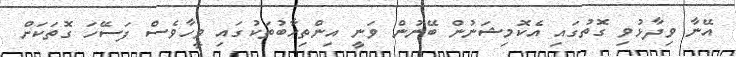
އޭނާ ވިދާޅުވި ގޮތުގައި އެކޮމިޝަނުން ބޭނުން ވަނީ އިންތިހާބުތަކުގައި ވީހާވެސް ފަސޭހަ ގޮތަކަށް